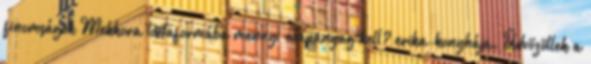
finomságok Mekkora tortaformába mennyi alapanyag kell? erika-konyhája. Üdvözöllek a